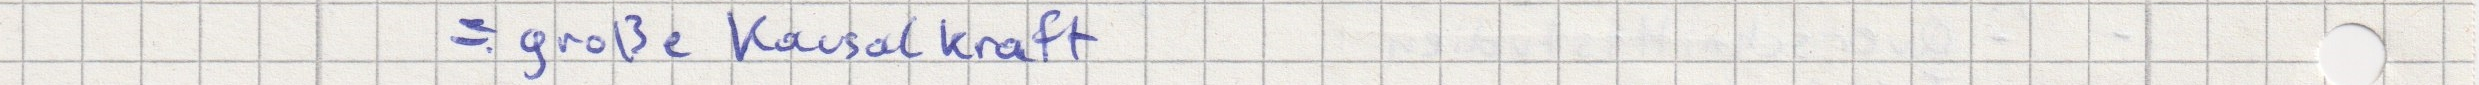
= große Kausalkraft